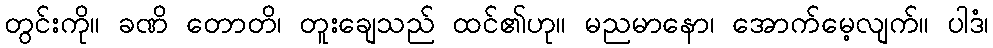
တွင်းကို။ ခဏိ တောတိ၊ တူးချေသည် ထင်၏ဟု။ မညမာနော၊ အောက်မေ့လျက်။ ပါဒံ၊